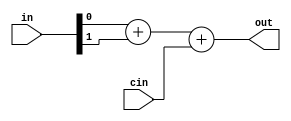
module adder_3is2_type2 (
input [1:0] in,
input cin,
output [1:0] out);
assign out[1:0] = in[0] + in[1] + cin;
endmodule